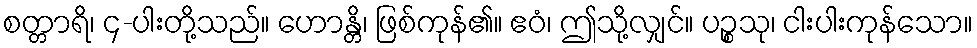
စတ္တာရိ၊ ၄-ပါးတို့သည်။ ဟောန္တိ၊ ဖြစ်ကုန်၏။ ဧဝံ၊ ဤသို့လျှင်။ ပဉ္စသု၊ ငါးပါးကုန်သော။